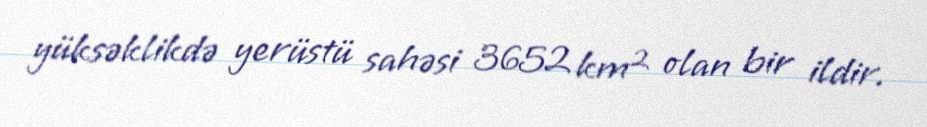
yüksəklikdə yerüstü sahəsi 3652 km² olan bir ildir.